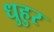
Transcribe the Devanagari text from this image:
धुहुर